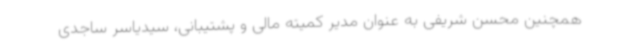
همچنین محسن شریفی به عنوان مدیر کمیته مالی و پشتیبانی، سیدیاسر ساجدی